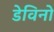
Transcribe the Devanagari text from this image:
डेविनो